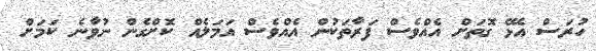
ހުރަސް އެޅޭ ގޮތަށް އެއްވެސް ފަރާތަކުން އެއްވެސް އަމަލެއް ކޮށްގެން ނުވާނެ ކަމަށް